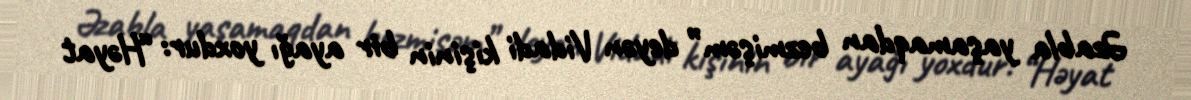
Əzabla yaşamaqdan bezmişəm” deyən Vidadi kişinin bir ayağı yoxdur: “Həyat